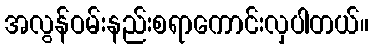
အလွန်ဝမ်းနည်းစရာကောင်းလှပါတယ်။